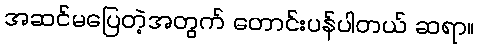
အဆင်မပြေတဲ့အတွက် တောင်းပန်ပါတယ် ဆရာ။